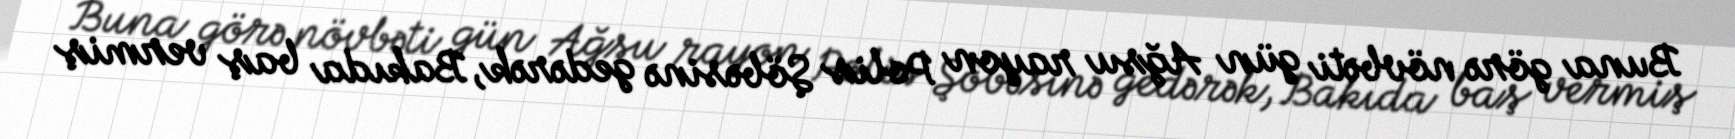
Buna görə növbəti gün Ağsu rayon Polis Şöbəsinə gedərək, Bakıda baş vermiş